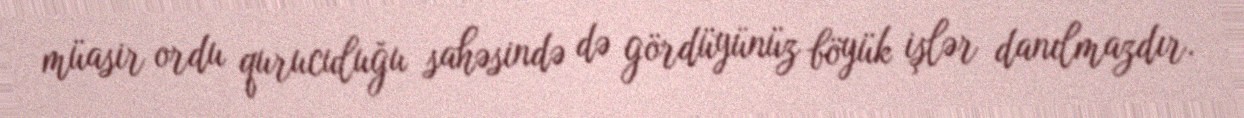
müasir ordu quruculuğu sahəsində də gördüyünüz böyük işlər danılmazdır.